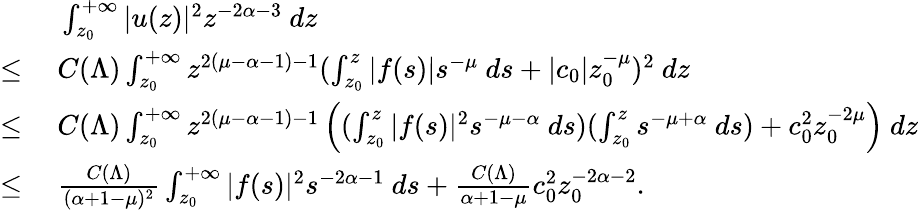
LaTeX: \begin{array}{rl}&{\ \int_{z_{0}}^{+\infty}|u(z)|^{2}z^{-2\alpha-3}\ dz}\\ {\leq}&{\ C(\Lambda)\int_{z_{0}}^{+\infty}z^{2(\mu-\alpha-1)-1}(\int_{z_{0}}^{z}|f(s)|s^{-\mu}\ ds+|c_{0}|z_{0}^{-\mu})^{2}\ dz}\\ {\leq}&{\ C(\Lambda)\int_{z_{0}}^{+\infty}z^{2(\mu-\alpha-1)-1}\left((\int_{z_{0}}^{z}|f(s)|^{2}s^{-\mu-\alpha}\ ds)(\int_{z_{0}}^{z}s^{-\mu+\alpha}\ ds)+c_{0}^{2}z_{0}^{-2\mu}\right)\ dz}\\ {\leq}&{\ \frac{C(\Lambda)}{(\alpha+1-\mu)^{2}}\int_{z_{0}}^{+\infty}|f(s)|^{2}s^{-2\alpha-1}\ ds+\frac{C(\Lambda)}{\alpha+1-\mu}c_{0}^{2}z_{0}^{-2\alpha-2}.}\end{array}